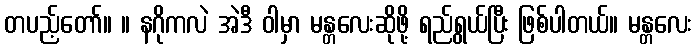
တပည့်တော်။ ။ နဂိုကလဲ အဲဒီ ဝါမှာ မန္တလေးဆိုဖို့ ရည်ရွယ်ပြီး ဖြစ်ပါတယ်။ မန္တလေး